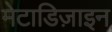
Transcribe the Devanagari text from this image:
मेटाडिज़ाइन